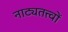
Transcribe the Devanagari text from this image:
नाट्यतत्त्वों